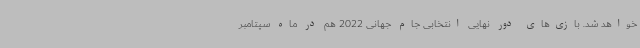
خواهد شد. بازی‌های دور نهایی انتخابی جام جهانی 2022 هم در ماه سپتامبر